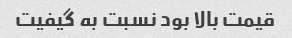
قیمت بالا بود نسبت به گیفیت